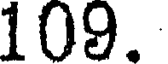
109.